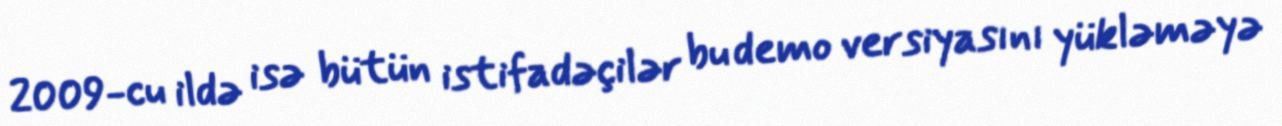
2009-cu ildə isə bütün istifadəçilər bu demo versiyasını yükləməyə